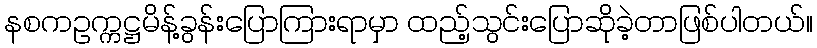
နစကဥက္ကဋ္ဌမိန့်ခွန်းပြောကြားရာမှာ ထည့်သွင်းပြောဆိုခဲ့တာဖြစ်ပါတယ်။